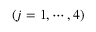
( j = 1 , \cdots , 4 )